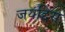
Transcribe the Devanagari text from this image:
जयद्दिस